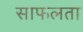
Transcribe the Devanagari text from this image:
साफलता